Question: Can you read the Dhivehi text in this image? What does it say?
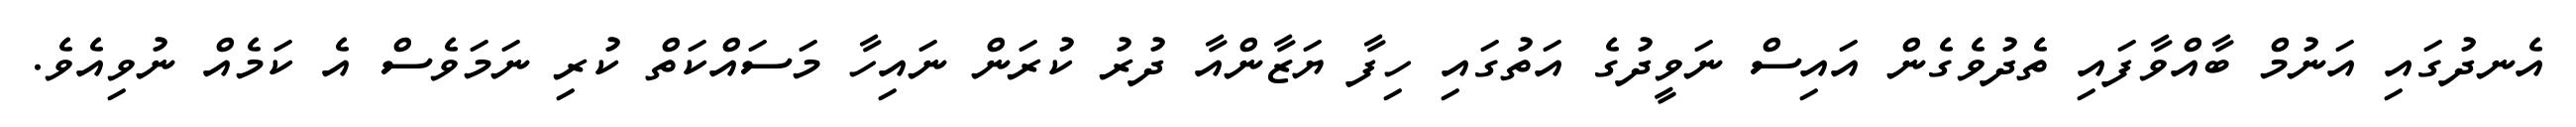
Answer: އެނދުގައި އަނުމް ބާއްވާފައި ތެދުވެގެން އައިސް ނަވީދުގެ އަތުގައި ހިފާ ޔަޒާންއާ ދުރު ކުރަން ނައިހާ މަސައްކަތް ކުރި ނަމަވެސް އެ ކަމެއް ނުވިއެވެ.